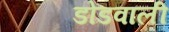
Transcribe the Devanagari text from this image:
डोडवाली